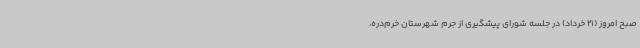
صبح امروز (21 خرداد) در جلسه شورای پیشگیری از جرم شهرستان خرم‌دره،